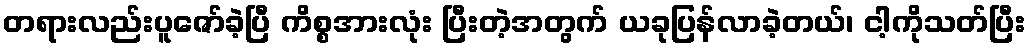
တရားလည်းပူဇော်ခဲ့ပြီ ကိစ္စအားလုံး ပြီးတဲ့အတွက် ယခုပြန်လာခဲ့တယ်၊ ငါ့ကိုသတ်ပြီး